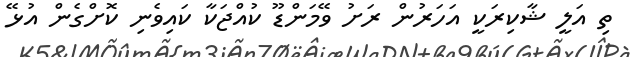
ތި އަލީ ޝާކިރަކީ އަހަރުން ރަށު ވޭމަންޑޫ ކުއްޖަކާ ކައިވެނި ކޮށްގެން އުޅޭ